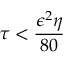
\tau < \frac { \epsilon ^ { 2 } \eta } { 8 0 }